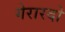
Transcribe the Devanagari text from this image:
गेरारदो